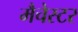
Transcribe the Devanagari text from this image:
मैचेस्टर